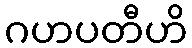
ဂဟပတီဟိ